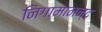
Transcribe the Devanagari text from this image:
निगामानन्द